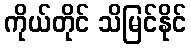
ကိုယ်တိုင် သိမြင်နိုင်